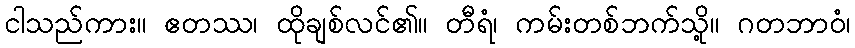
ငါသည်ကား။ ဧတဿ၊ ထိုချစ်လင်၏။ တီရံ၊ ကမ်းတစ်ဘက်သို့။ ဂတဘာဝံ၊